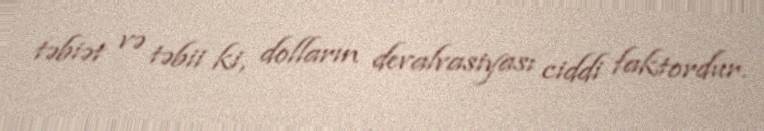
təbiət və təbii ki, dolların devalvasiyası ciddi faktordur.